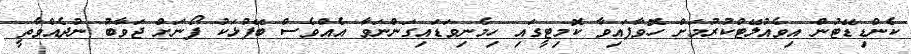
ކެންޑިޑޭޓުން އިވެއުލޭޓްކުރުމަށް ހޮވާފައިވާ ކޮމިޓީގައި ހިމެނިވަޑައިގަންނަވާ އެއްވެސް ބޭފުޅަކު ފޯނަށް ޖަވާބު ނުދެއްވާތީ